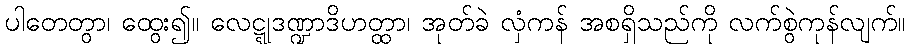
ပါတေတွာ၊ ထွေး၍။ လေဋ္ဋုဒဏ္ဍာဒိဟတ္ထာ၊ အုတ်ခဲ လှံကန် အစရှိသည်ကို လက်စွဲကုန်လျက်။